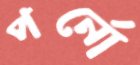
পর্নো